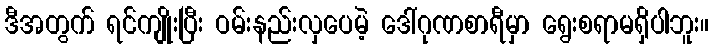
ဒီအတွက် ရင်ကျိုးပြီး ဝမ်းနည်းလှပေမဲ့ ဒေါ်ဂုဏစာရီမှာ ရွေးစရာမရှိပါဘူး။